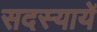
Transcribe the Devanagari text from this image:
सदस्यायें